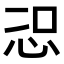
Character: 𭜦